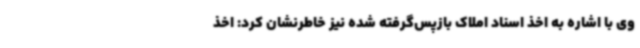
وی با اشاره به اخذ اسناد املاک بازپس‌گرفته شده نیز خاطرنشان کرد: اخذ